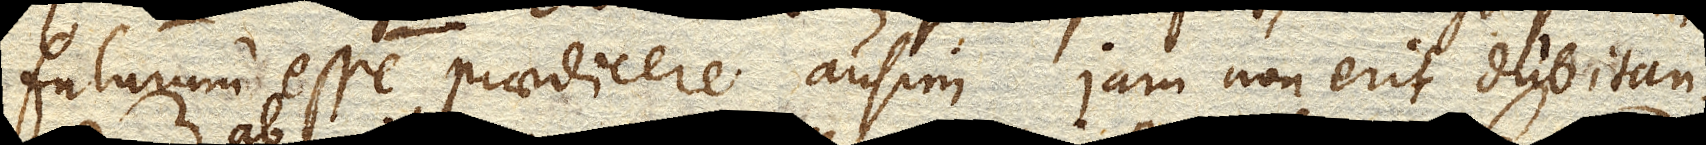
futurum esse praedicere ausim, jam non erit dubitan–